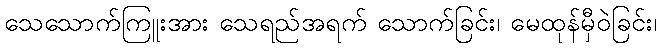
သေသောက်ကြူးအား သေရည်အရက် သောက်ခြင်း၊ မေထုန်မှီဝဲခြင်း၊